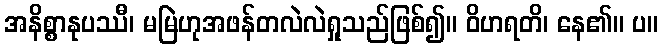
အနိစ္စာနုပဿီ၊ မမြဲဟုအဖန်တလဲလဲရှုသည်ဖြစ်၍။ ဝိဟရတိ၊ နေ၏။ ပ။